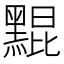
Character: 䵪